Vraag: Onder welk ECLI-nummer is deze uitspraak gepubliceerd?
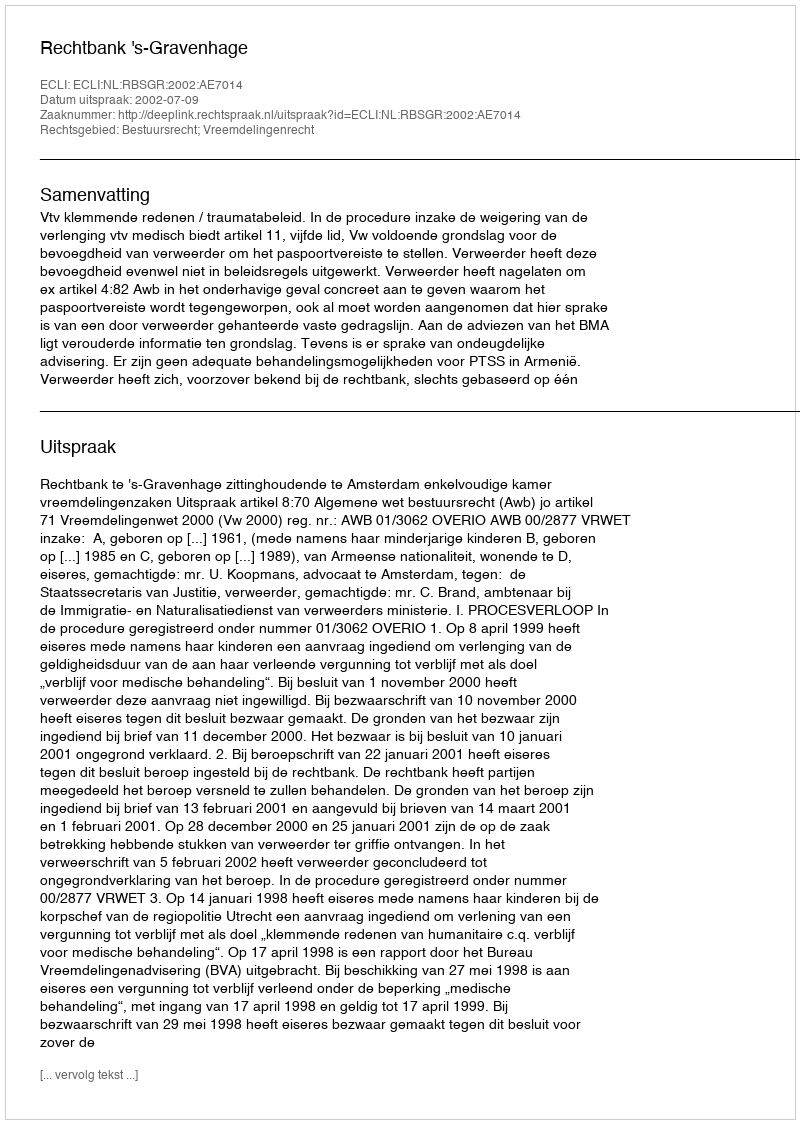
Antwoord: ECLI:NL:RBSGR:2002:AE7014